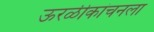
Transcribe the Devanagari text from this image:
ऊरळीकांचनला